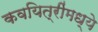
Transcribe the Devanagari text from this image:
कवयित्रींमध्ये